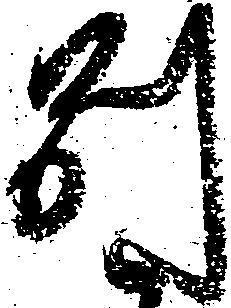
別